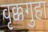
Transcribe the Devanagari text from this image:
वृक्कगुहा